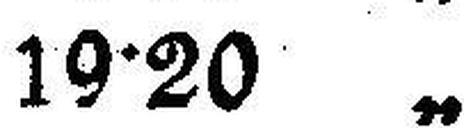
19•20 „